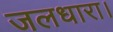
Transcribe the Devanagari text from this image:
जलधारा।